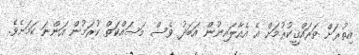
އިތުރަށް ތަރައްޤީކުރުމަށް އެ އެއާލައިނުން އަބަދު ވެސް މަސައްކަތް ކުރަމުން އަންނަ ކަމަށެވެ.